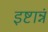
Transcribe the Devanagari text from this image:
इष्टान्नं